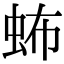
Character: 𧉩